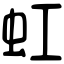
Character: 虹